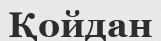
Қойдан